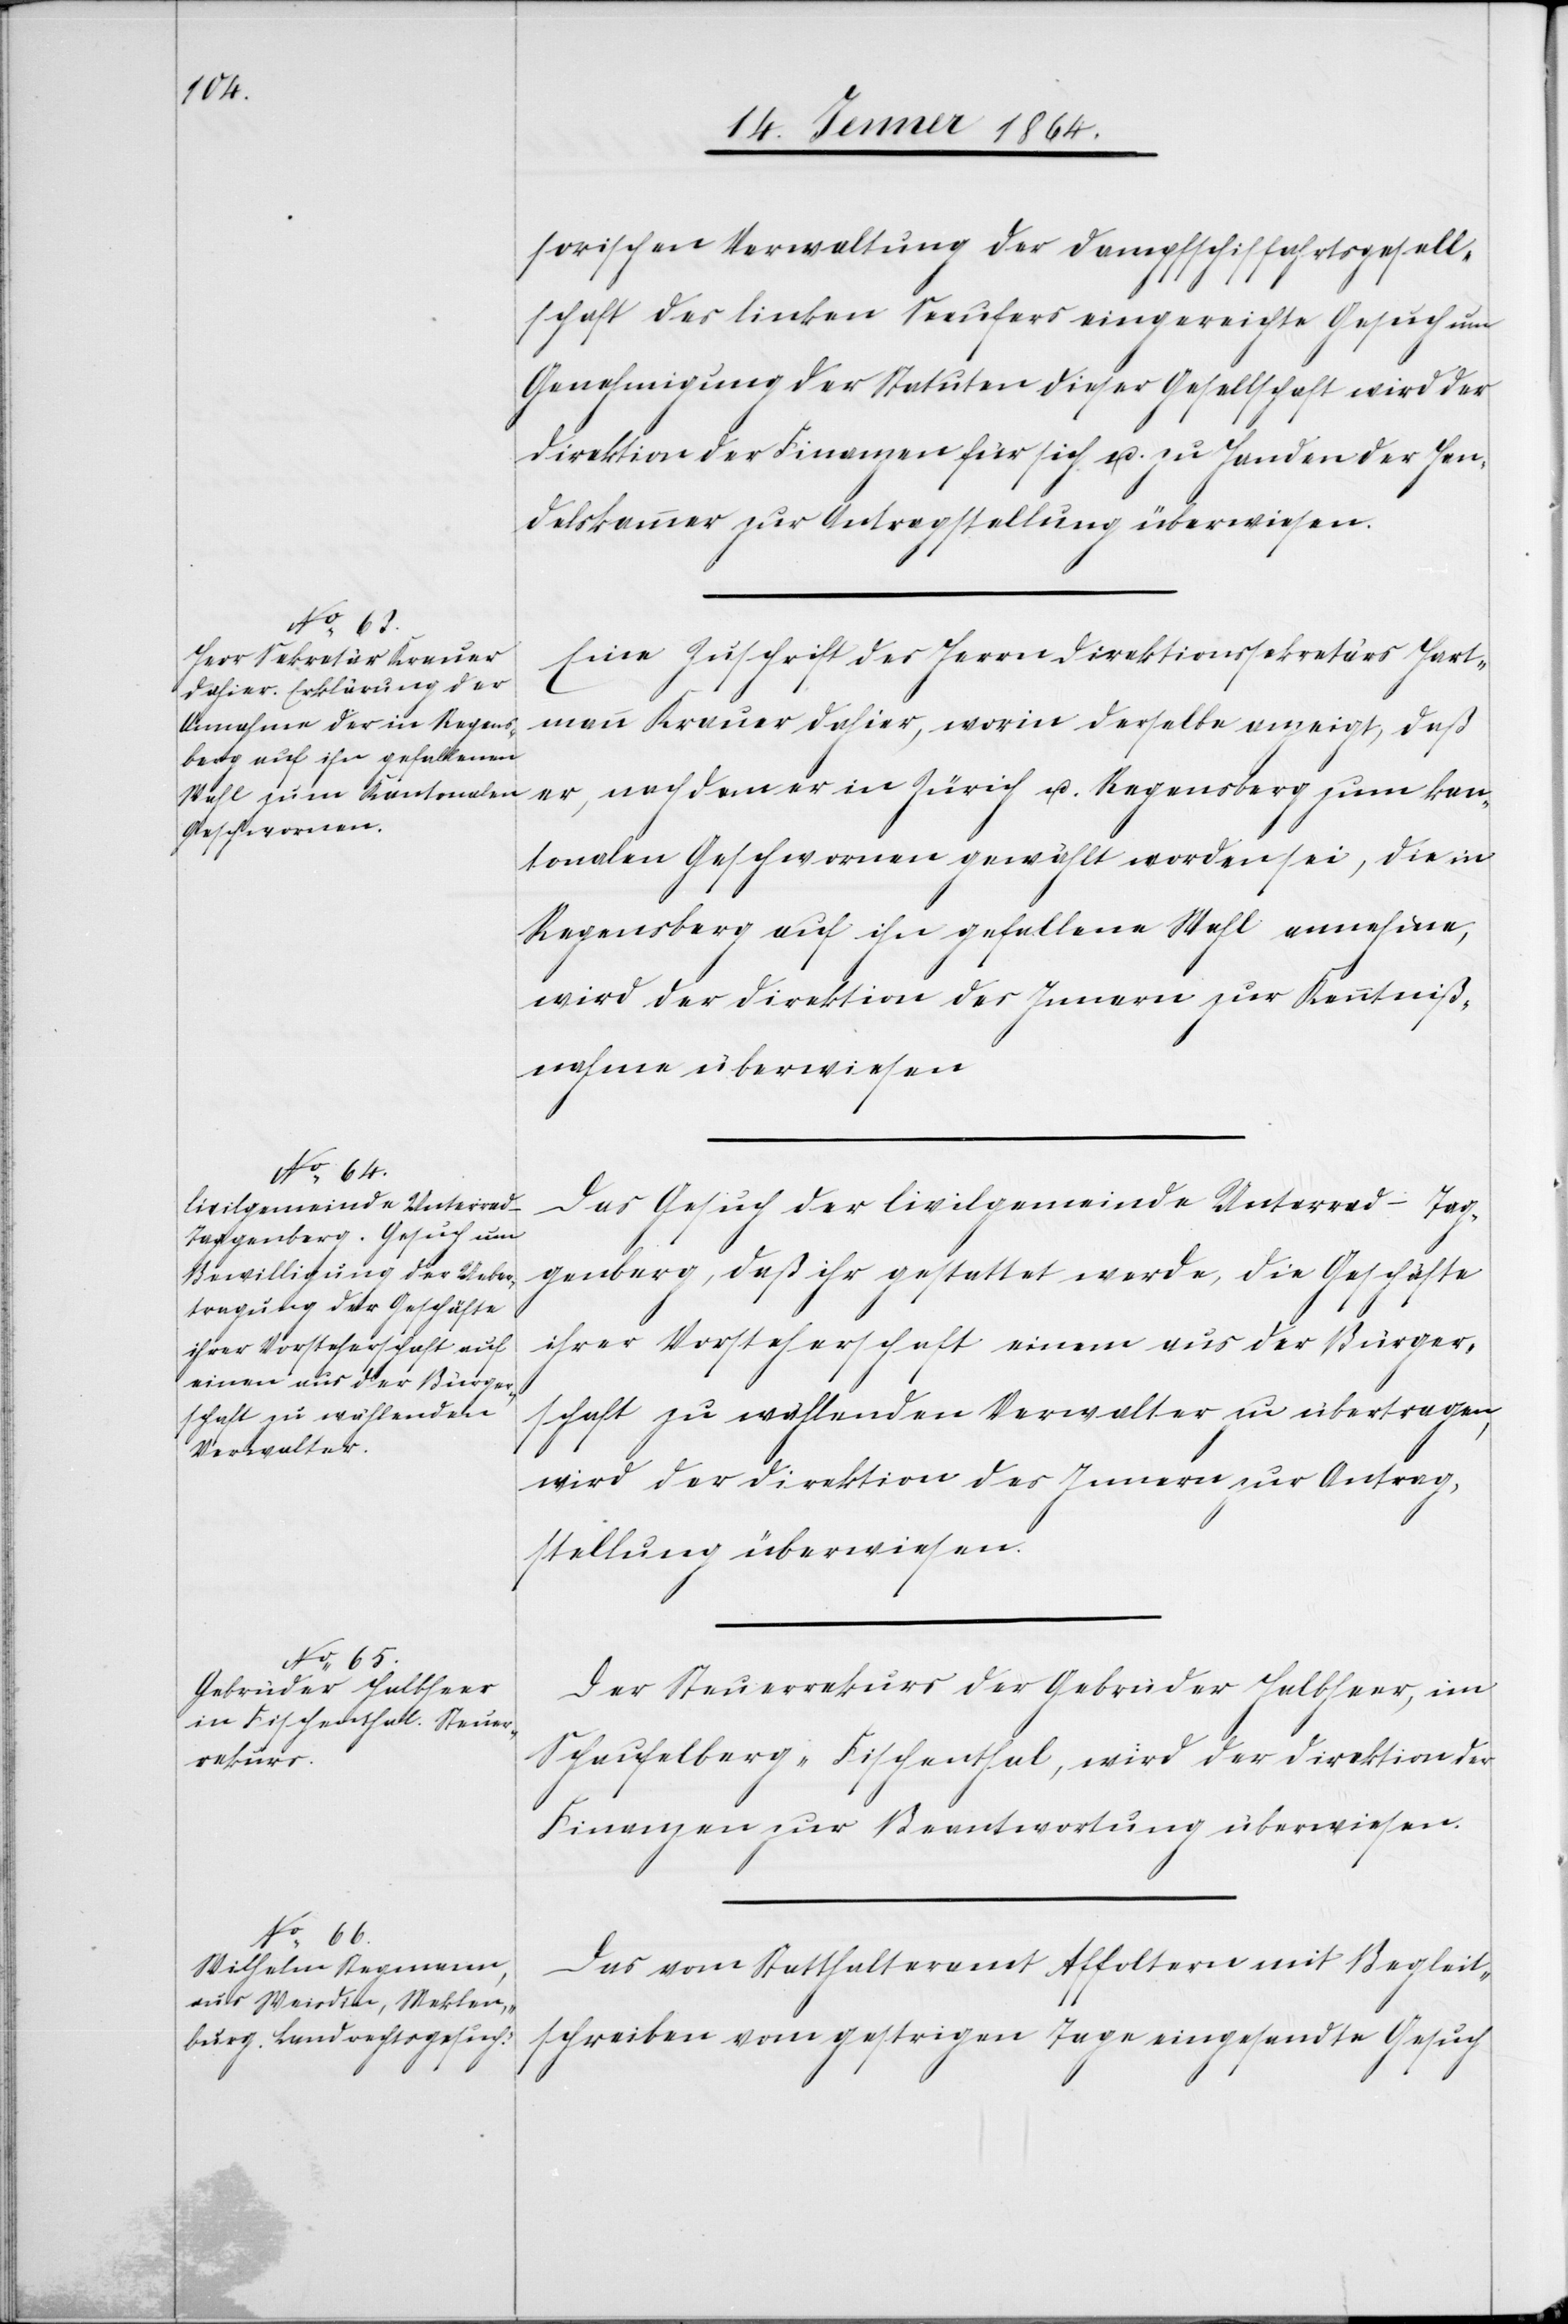
14. Jenner 1864.]
sorischen Verwaltung der Dampfschiffahrtsgesell¬
schaft des linken Seeufers eingereichte Gesuch um
Genehmigung der Statuten dieser Gesellschaft wird der
Direktion der Finanzen für sich u. zu Handen der Han¬
delskammer zur Antragstellung überwiesen.
Eine Zuschrift des Herrn Direktionssekretärs Hart¬
mann Krauer dahier, worin derselbe anzeigt, daß
er, nachdem er in Zürich u. Regensberg zum kan¬
tonalen Geschworenen gewählt worden sei, die in
Regensberg auf ihn gefallene Wahl annehme,
wird der Direktion des Innern zur Kenntniß¬
nahme überwiesen.
Das Gesuch der Civilgemeinde Unteraad-Tag¬
genberg, daß ihr gestattet werde, die Geschäfte
ihrer Vorsteherschaft einem aus der Bürger¬
schaft zu wählenden Verwalter zu übertragen,
wird der Direktion des Innern zur Antrag¬
stellung überwiesen.
Der Steuerrekurs der Gebrüder Halbheer, im
Schaufelberg-Fischenthal, wird der Direktion der
Finanzen zur Beantwortung überwiesen.
Das vom Statthalteramt Affoltern mit Begleit¬
schreiben vom gestrigen Tage eingesandte Gesuch